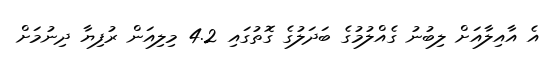
އެ އާއިލާއަށް ލިބުނު ގެއްލުމުގެ ބަދަލުގެ ގޮތުގައި 4.2 މިލިއަން ރުފިޔާ ދިނުމަށް